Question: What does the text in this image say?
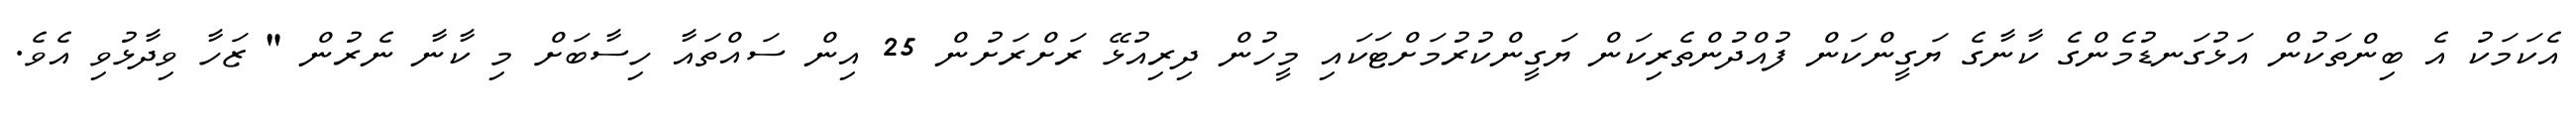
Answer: އެކަމަކު އެ ބިންތަކުން އަޅުގަނޑުމެންގެ ކާނާގެ ޔަގީންކަން ފުއްދުންތެރިކަން ޔަގީންކުރުމަށްޓަކައި މީހުން ދިރިއުޅޭ ރަށްރަށުން 25 އިން ސައްތައާ ހިސާބަށް މި ކާނާ ނެރުން " ޒަހާ ވިދާޅުވި އެވެ.